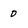
Character: 0